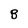
Character: B